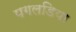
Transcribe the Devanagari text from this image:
पगलडिया